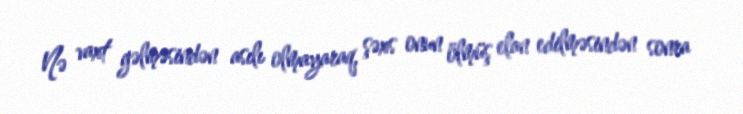
Nə vaxt gəlməsindən asılı olmayaraq, şəxs onun ölmüş elan edilməsindən sonra